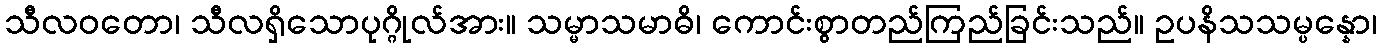
သီလဝတော၊ သီလရှိသောပုဂ္ဂိုလ်အား။ သမ္မာသမာဓိ၊ ကောင်းစွာတည်ကြည်ခြင်းသည်။ ဥပနိသသမ္ပန္နော၊